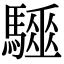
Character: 𩦁